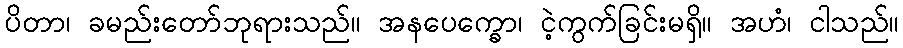
ပိတာ၊ ခမည်းတော်ဘုရားသည်။ အနပေက္ခော၊ ငဲ့ကွက်ခြင်းမရှိ။ အဟံ၊ ငါသည်။